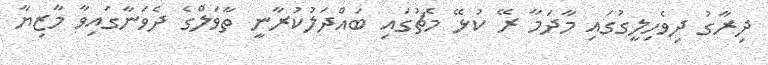
ދިރާގު ދިވެހިލީގުގައި މާދަމާ ރޭ ކުޅޭ މެޗުގައި ބައްދަލުކުރާނީ ތާވަލްގެ ދެވަނާގައިވާ މާޒިޔާ